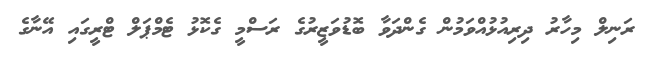
ރަނިލް މިހާރު ދިރިއުޅުއްވަމުން ގެންދަވާ ބޮޑުވަޒީރުގެ ރަސްމީ ގެކޮޅު ޓެމްޕަލް ޓްރީގައި އޭނާގެ